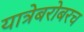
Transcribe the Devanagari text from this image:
यात्रेबरोबरच